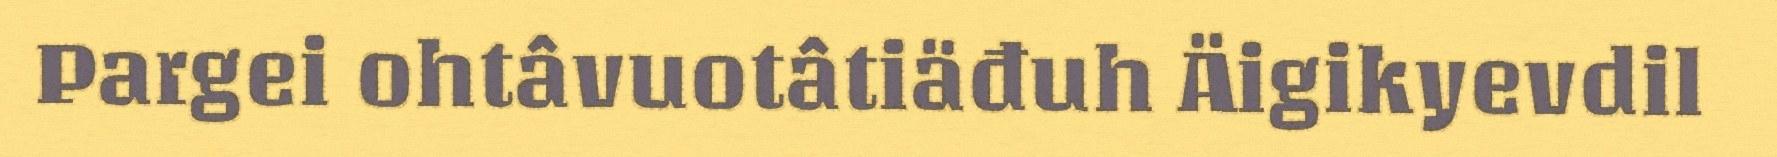
Pargei ohtâvuotâtiäđuh Äigikyevdil